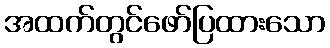
အထက်တွင်ဖော်ပြထားသော